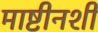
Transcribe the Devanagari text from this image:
माष्टीनशी